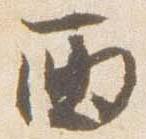
西